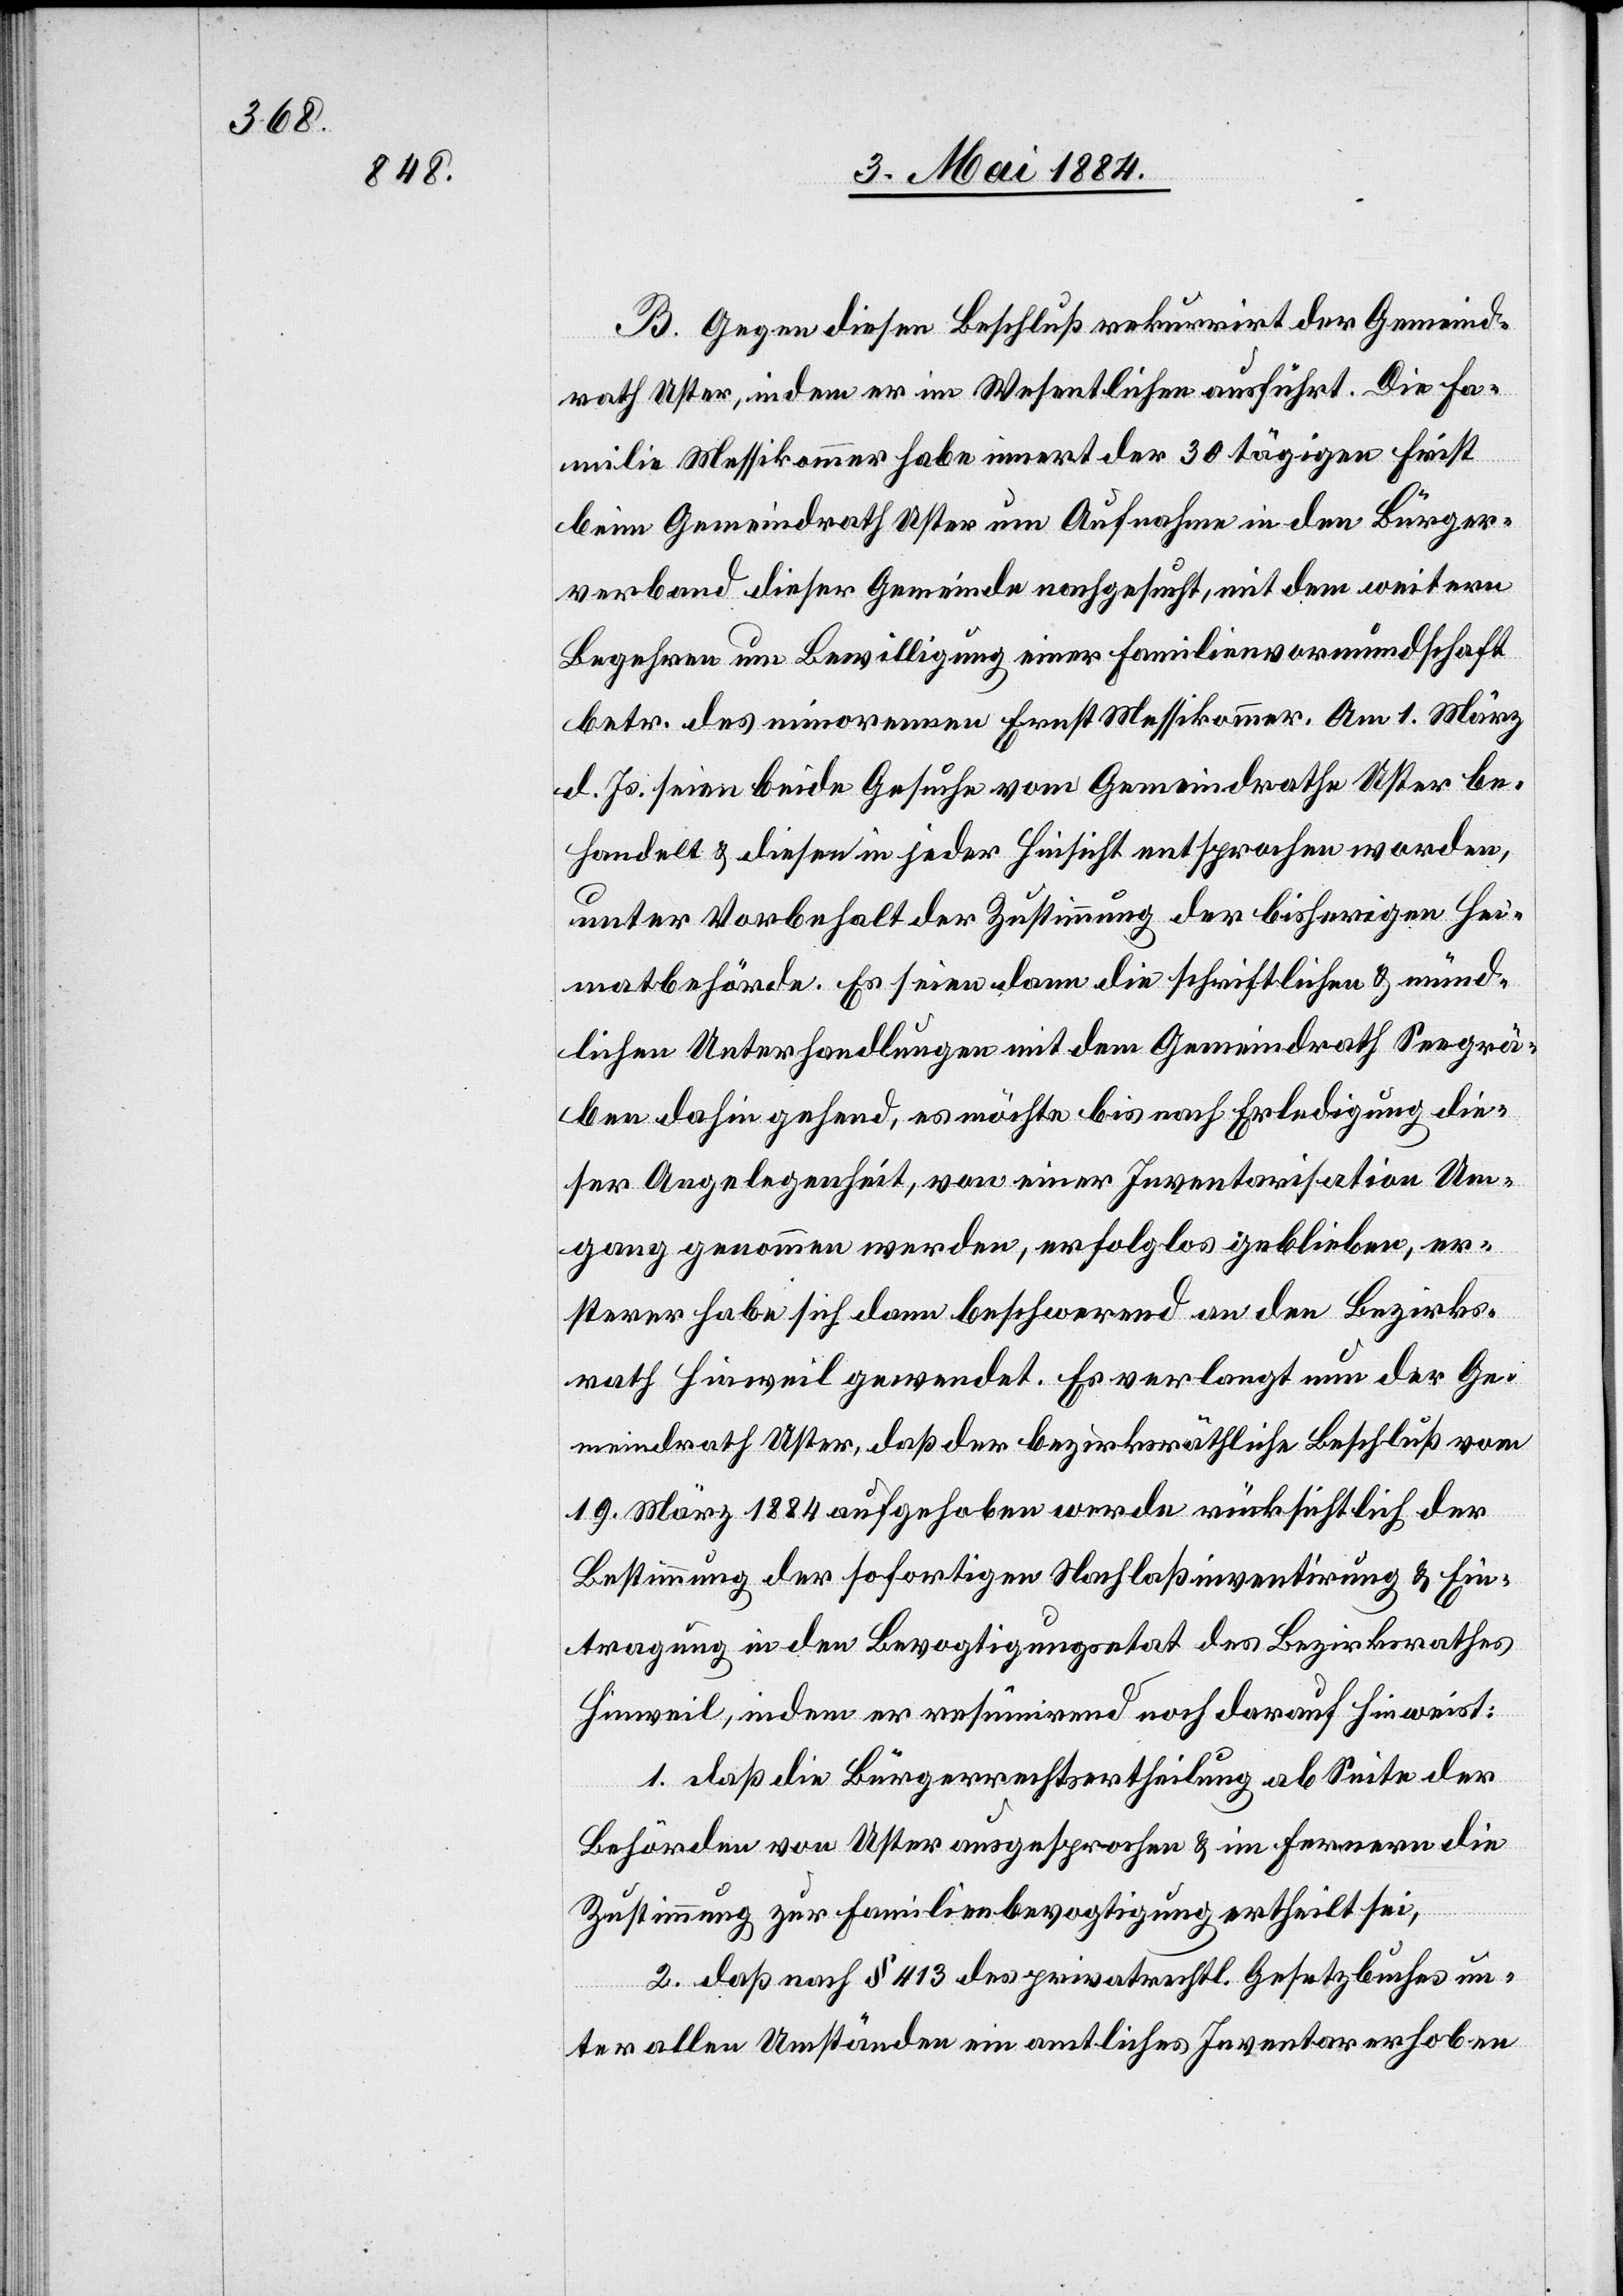
B. Gegen diesen Beschluß rekurrirt der Gemeind¬
rath Uster, indem er im Wesentlichen ausführt. Die Fa¬
milie Messikommer habe innert der 30 tägigen Frist
beim Gemeindrath Uster um Aufnahme in den Bürger¬
verband dieser Gemeinde nachgesucht, mit dem weitern
begehren um Bewilligung einer Familienvormundschaft
betr. des minorenen Ernst Messikommer. Am 1. März
d. Js. seien beide Gesuche vom Gemeindrathe Uster be¬
handelt & diesen in jeder Hinsicht entsprochen worden,
unter Vorbehalt der Zustimmung der bisherigen Hei¬
matbehörde. Es seien dann die schriftlichen & münd¬
lichen Unterhandlungen mit dem Gemeindrath Seegrä¬
ben dahin gehend, es möchte bis nach Erledigung die¬
ser Angelegenheit, von einer Inventarisation Um¬
gang genommen werden, erfolglos geblieben, er¬
sterer habe sich dann beschwerend an den Bezirks¬
rath Hinweil gewendet. Es verlangt nun der Ge¬
meindrath Uster, daß der bezirksräthliche Beschluß vom
19. März 1884 aufgehoben werde rücksichtlich der
Bestimmung der sofortigen Nachlaßinventirung & Ein¬
tragung in den Bevogtigungsetat des Bezirksrathes
Hinweil, indem er resümirend noch darauf hinweist:
1. daß die Bürgerrechtsertheilung ab Seite der
Behörden von Uster ausgesprochen & im Fernern die
Zustimmung zur Familienbevogtigung ertheilt sei,
2. daß nach § 413 des privatrechtl. Gesetzbuches un¬
ter allen Umständen ein amtliches Inventar erhoben